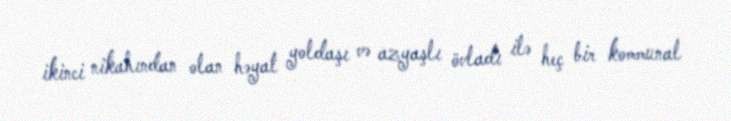
ikinci nikahından olan həyat yoldaşı və azyaşlı övladı ilə heç bir kommunal